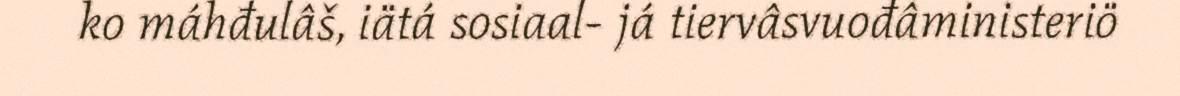
ko máhđulâš, iätá sosiaal- já tiervâsvuođâministeriö